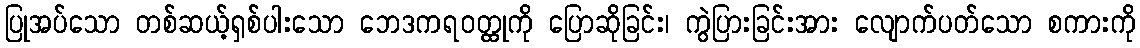
ပြုအပ်သော တစ်ဆယ့်ရှစ်ပါးသော ဘေဒကရဝတ္ထုကို ပြောဆိုခြင်း၊ ကွဲပြားခြင်းအား လျောက်ပတ်သော စကားကို